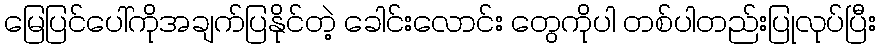
မြေပြင်ပေါ်ကိုအချက်ပြနိုင်တဲ့ ခေါင်းလောင်း တွေကိုပါ တစ်ပါတည်းပြုလုပ်ပြီး